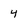
Character: 4